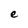
Character: e